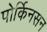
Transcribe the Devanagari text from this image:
पोर्किनसन